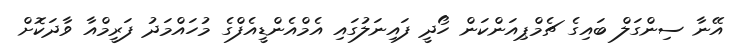
އޭނާ ސިންގަލް ބައިގެ ޗެމްޕިއަންކަން ހޯދީ ފައިނަލުގައި އެމްއެންޑީއެފްގެ މުހައްމަދު ފަރީމްއާ ވާދަކޮށް